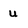
Character: u